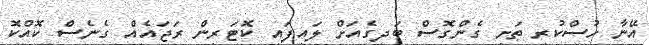
އޭނާ ހުސްކުރި ތަށި ގެންގޮސް ބަދިގެއަށް ލައިފައި ކޮޓަރިން ރަޖައެއް ގެނެސް ކޮއްކޮ